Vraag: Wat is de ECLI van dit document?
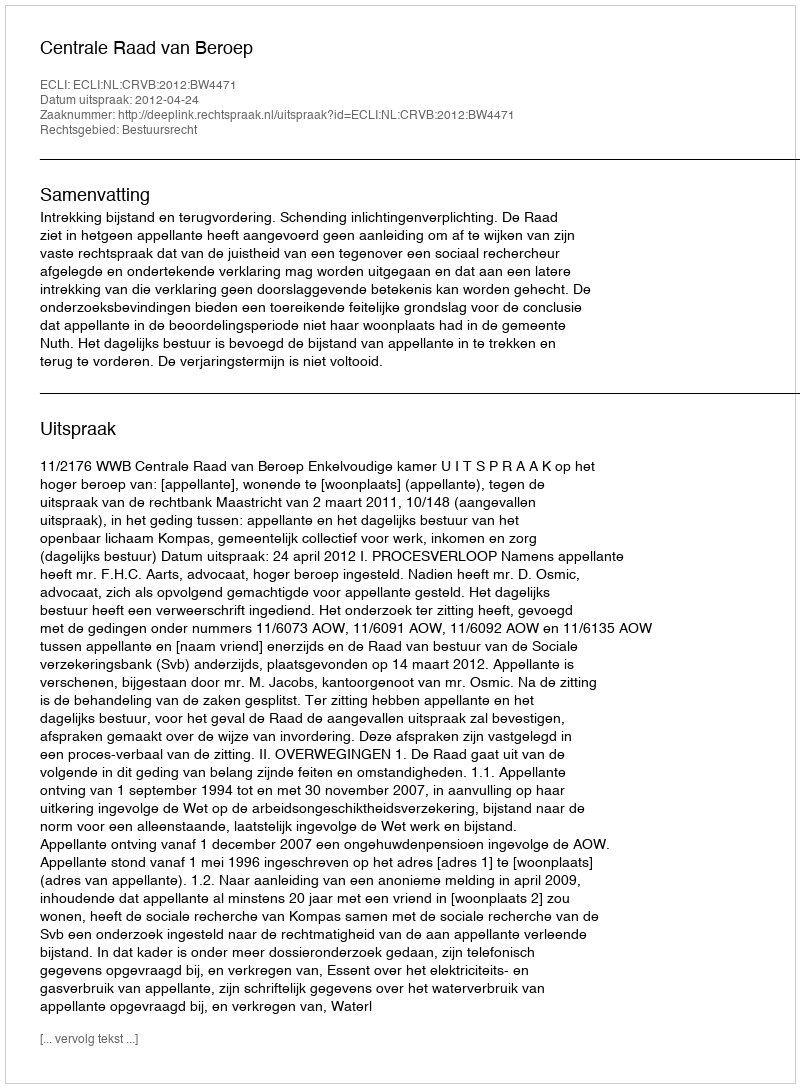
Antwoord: ECLI:NL:CRVB:2012:BW4471